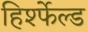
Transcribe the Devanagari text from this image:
हिर्श्फेल्ड